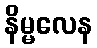
နိမ္မလေန